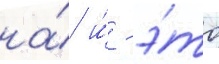
на́ и́ - э́то